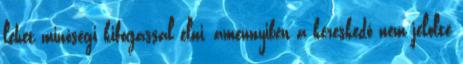
lehet minőségi kifogással élni, amennyiben a kereskedő nem jelölte